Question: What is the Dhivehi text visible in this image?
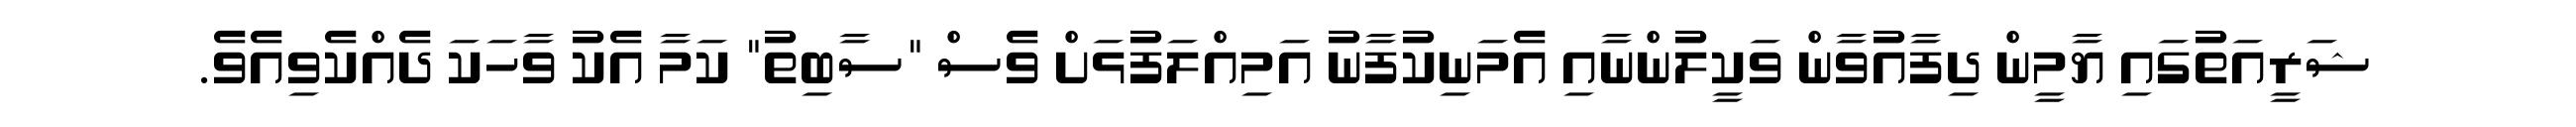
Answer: ޝަރީއަތުގައި ޔާމީން ދިފާއުވާން ވަކީލުންނާއި އެމަނިކުފާނު އަމިއްލަފުޅަށް ވެސް "ސާބިތު" ކަމާ އެކު ވާހަކަ ދެއްކެވިއެވެ.